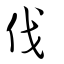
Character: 伐